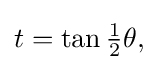
{\textstyle t=\tan {\tfrac {1}{2}}\theta ,}